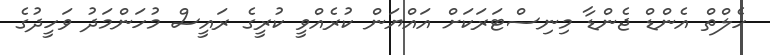
ހެލްތް އެންޑް ޖެންޑާ މިނިސްޓަރަކަށް އައްޔަން ކުރެއްވީ ކުރީގެ ރައީސް މުހަންމަދު ވަހީދުގެ